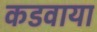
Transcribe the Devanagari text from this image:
कडवाया